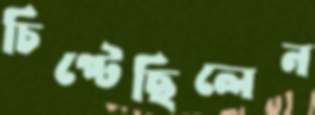
চিপ্‌টেছিলেন